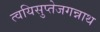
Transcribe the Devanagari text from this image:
त्वयिसुप्तेजगन्नाथ